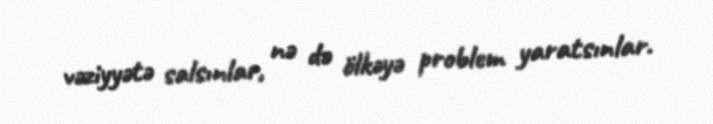
vəziyyətə salsınlar, nə də ölkəyə problem yaratsınlar.